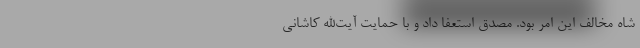
شاه مخالف این امر بود. مصدق استعفا داد و با حمایت آیت‌الله کاشانی